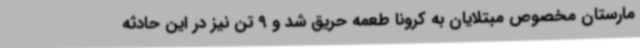
مارستان مخصوص مبتلایان به کرونا طعمه حریق شد و 9 تن نیز در این حادثه